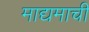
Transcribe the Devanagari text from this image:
माद्यमाची